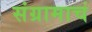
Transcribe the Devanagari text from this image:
संग्रामाचं